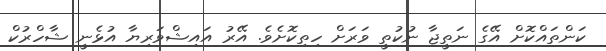
ކަންތައްކޮށް އޭގެ ނަތީޖާ ނުކުތީ ވަރަށް ހިތިކޮށެވެ. އޭރު އައިޝްވަރިޔާ އުޅެނީ ޝާހްރުކް